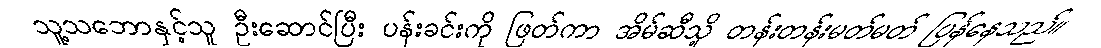
သူ့သဘောနှင့်သူ ဦးဆောင်ပြီး ပန်းခင်းကို ဖြတ်ကာ အိမ်ဆီသို့ တန်းတန်းမတ်မတ် ပြန်နေသည်။